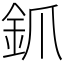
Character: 釽